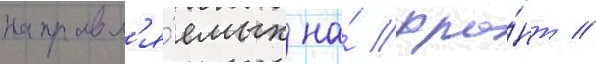
направл'я́емых на́ фро́нт //